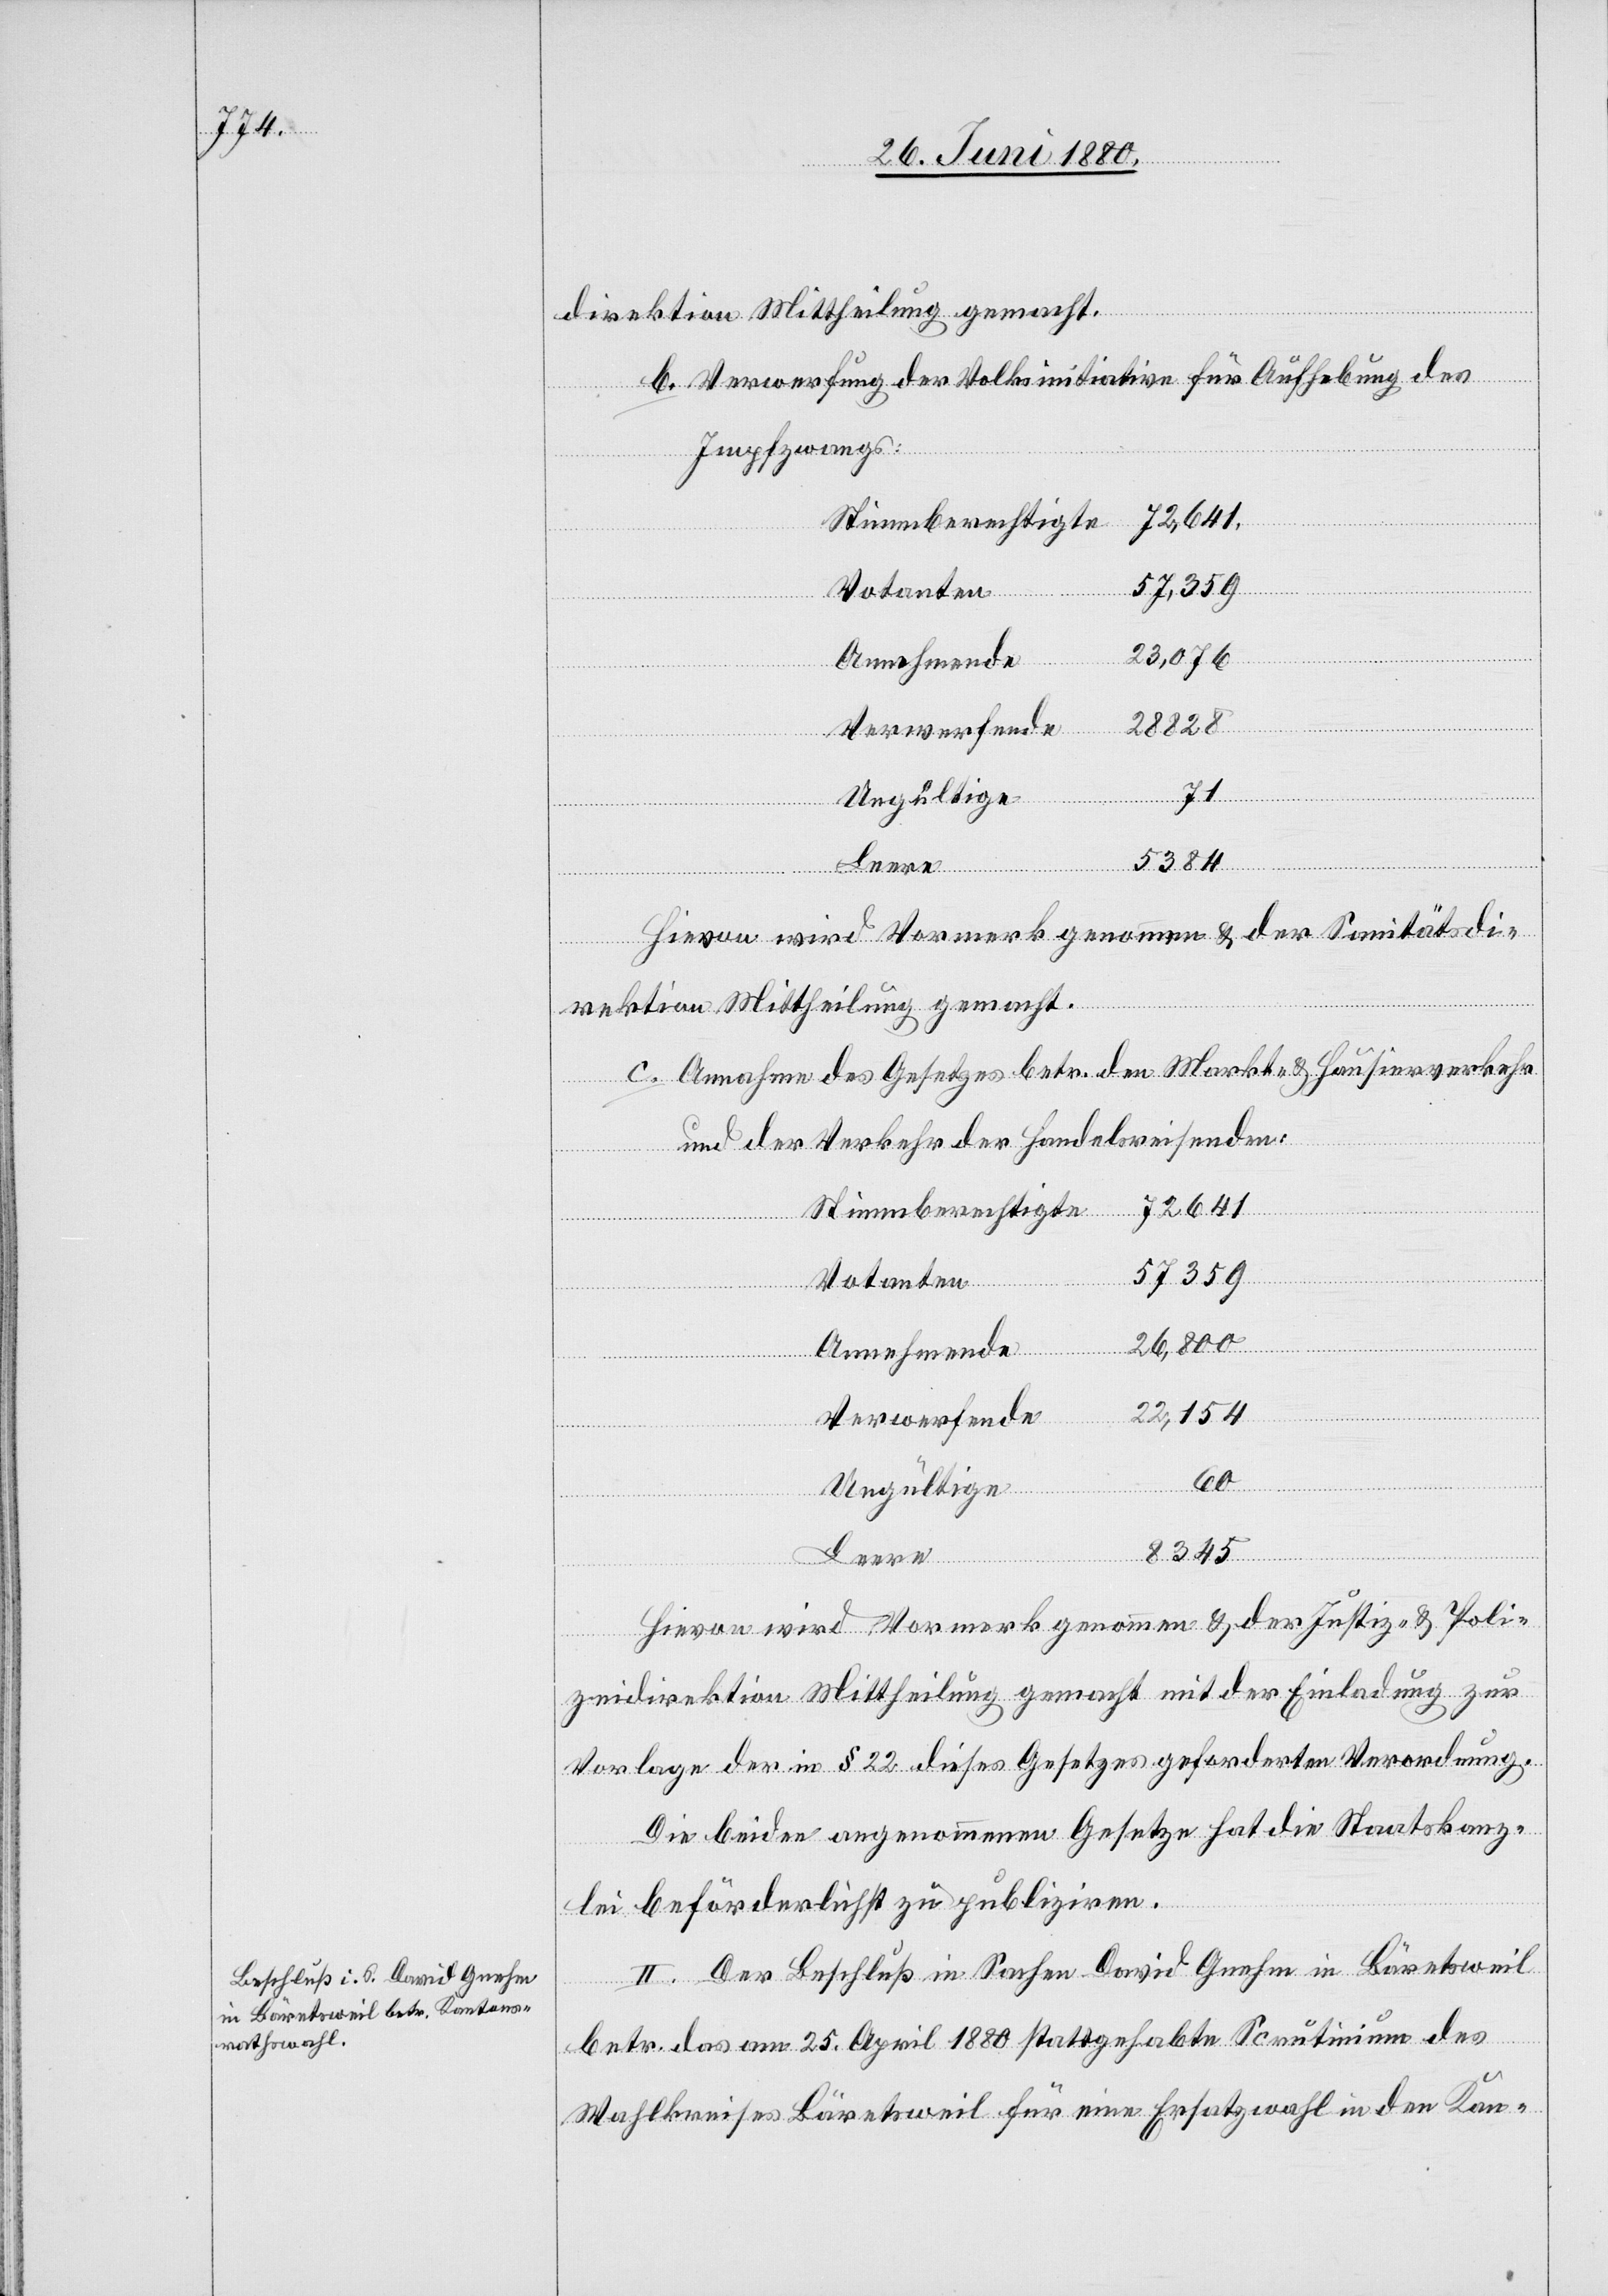
direktion Mittheilung gemacht.
b. Verwerfung der Volksinitiative für Aufhebung des
Impfzwangs
72641
57,359
Votanten
23,076
28828
5384
Leere
Hievon wird Vormerk genommen & der Sanitätsdi¬
rektion Mittheilung gemacht.
c. Annahme des Gesetzes betr. den Markt- & Hausierverkehr
und der Verkehr der Handelsreisenden:
Stimmberechtigte
57359
26,800
Annehmende
22,154
tset¬
Verwerfende
60
Ungültige
8345
Hievon wird Vormerk genommen & der Justiz- & Poli¬
zeidirektion Mittheilung gemacht mit der Einladung, zur
Vorlage der in § 22 dieses Gesetzes geforderten Verordnung.
Die beiden angenommenen Gesetze hat die Staatskanz¬
lei beförderlichst zu publiziren.
II. Der Beschluß in Sachen David Gnehm in Bäretsweil
betr. das am 25. April 1880 stattgehabte Scrutinium des
Wahlkreises Bäretsweil für eine Ersatzwahl in den Kan¬

n-